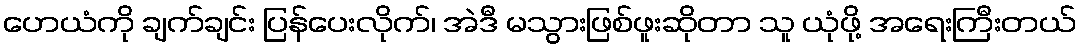
ဟေယံကို ချက်ချင်း ပြန်ပေးလိုက်၊ အဲဒီ မသွားဖြစ်ဖူးဆိုတာ သူ ယုံဖို့ အရေးကြီးတယ်